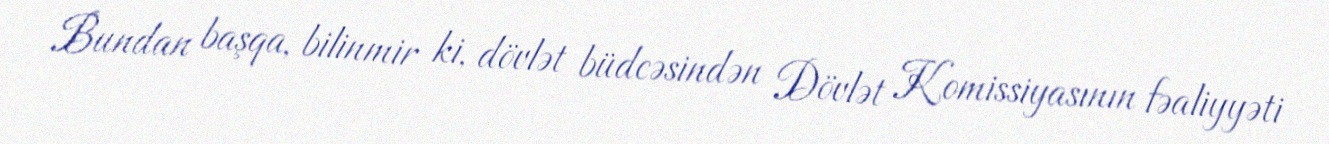
Bundan başqa, bilinmir ki, dövlət büdcəsindən Dövlət Komissiyasının fəaliyyəti